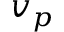
v _ { p }